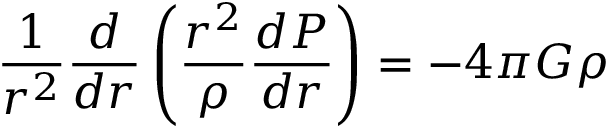
\frac { 1 } { r ^ { 2 } } \frac { d } { d r } \left( \frac { r ^ { 2 } } { \rho } \frac { d P } { d r } \right) = - 4 \pi G \rho